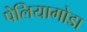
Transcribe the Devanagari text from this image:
पेलियागोडा